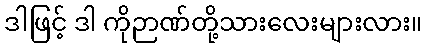
ဒါဖြင့် ဒါ ကိုဉာဏ်တို့သားလေးများလား။